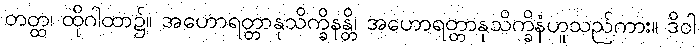
တတ္ထ၊ ထိုဂါထာ၌။ အဟောရတ္တာနုသိက္ခိနန္တိ၊ အဟောရတ္တာနုသိက္ခိနံဟူသည်ကား။ ဒိဝါ